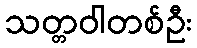
သတ္တဝါတစ်ဦး